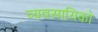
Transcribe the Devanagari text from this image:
व्यवसायिको